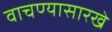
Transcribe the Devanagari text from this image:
वाचण्यासारखे